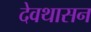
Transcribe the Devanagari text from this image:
देवथासन